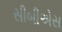
સીબીએસ